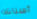
أسنانك